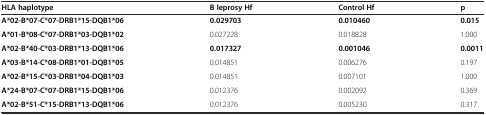
| HLA haplotype | B leprosy Hf | Control Hf | p |
 | --- | --- | --- | --- |
 | A*02-B*07-C*07-DRB1*15-DQB1*06 | 0.029703 | 0.010460 | 0.015 |
 | A*01-B*08-C*07-DRB1*03-DQB1*02 | 0.027228 | 0.018828 | 1.000 |
 | A*02-B*40-C*03-DRB1*13-DQB1*06 | 0.017327 | 0.001046 | 0.0011 |
 | A*03-B*14-C*08-DRB1*01-DQB1*05 | 0.014851 | 0.006276 | 0.197 |
 | A*02-B*15-C*03-DRB1*04-DQB1*03 | 0.014851 | 0.007101 | 1.000 |
 | A*24-B*07-C*07-DRB1*15-DQB1*06 | 0.012376 | 0.002092 | 0.369 |
 | A*02-B*51-C*15-DRB1*13-DQB1*06 | 0.012376 | 0.005230 | 0.317 |